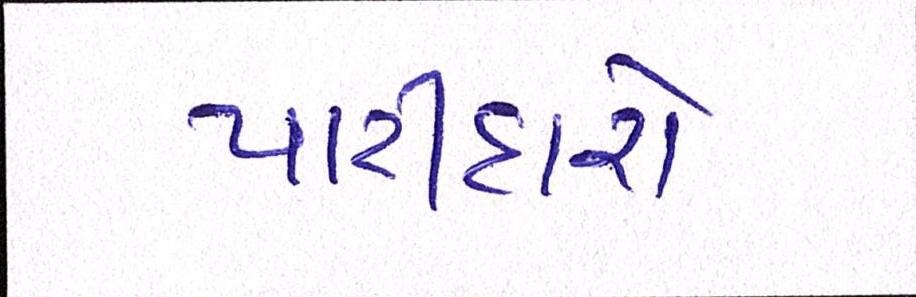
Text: પાટીદારો